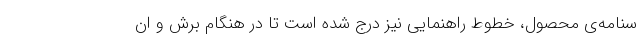
سنامه‌ی محصول، خطوط راهنمایی نیز درج شده است تا در هنگام برش و ان